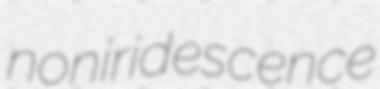
noniridescence